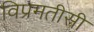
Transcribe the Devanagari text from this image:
विप्रमतीसी